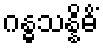
ဂန္ဓသန္နိဓိံ